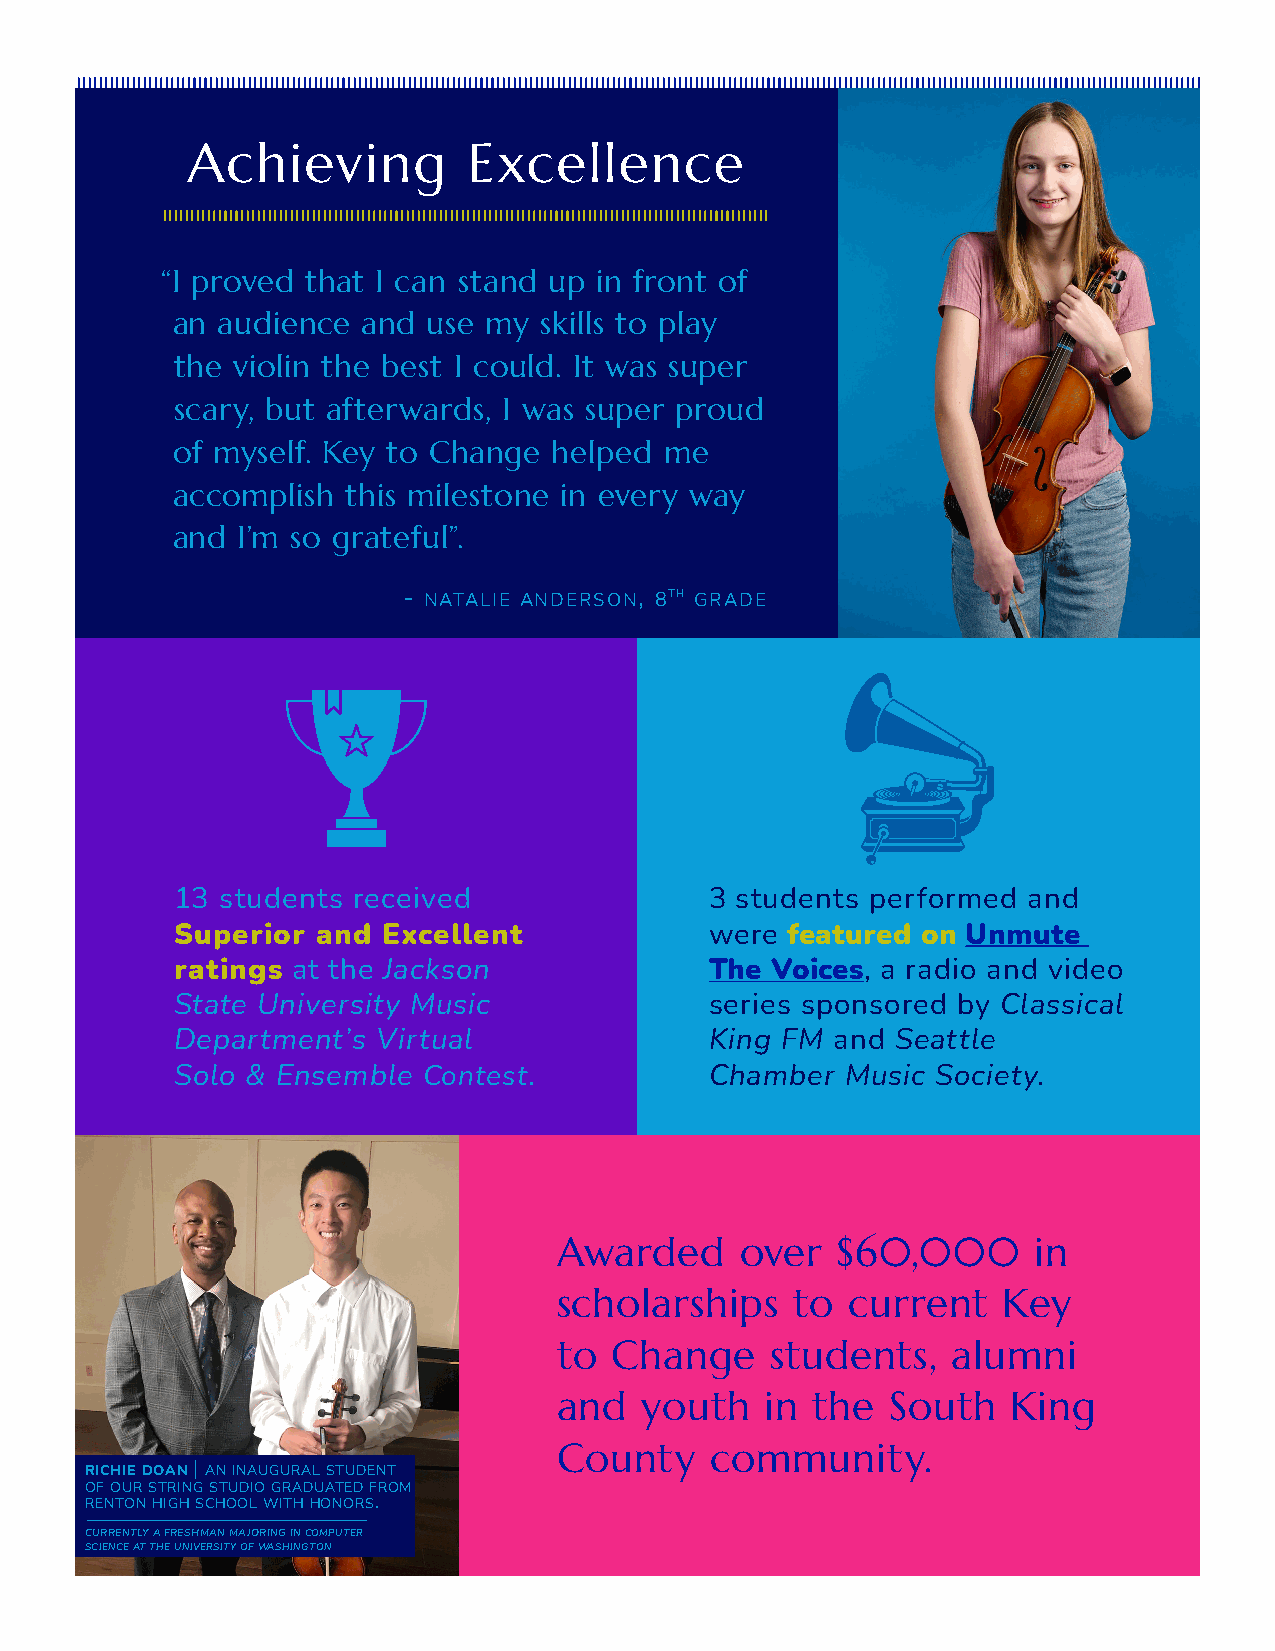
Achieving          Excellence
 “I proved that I can stand up in front of
 an audience  and use my  skills to play
 the violin the best I could. It was super
 scary, but afterwards, I was super proud
 of myself. Key to Change  helped me
 accomplish  this milestone in every way
 and  I’m so grateful”.
 - natalie anderson, 8th grade
 13 students received               3 students performed and
 Superior and Excellent             were featured on Unmute
 ratings at the Jackson             The Voices, a radio and video
 State University Music             series sponsored by Classical
 Department’s Virtual               King FM and Seattle
 Solo & Ensemble Contest.           Chamber  Music Society.
 Awarded     over  $60,000       in
 scholarships    to current   Key
 to  Change    students,   alumni
 and  youth    in the  South   King
 County    community.
 richie doan | an inaugural student
 of our string studio graduated from
 renton high school with honors.
 currently a freshman majoring in computer
 science at the university of washington